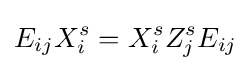
E_{ij}X_{i}^{s}=X_{i}^{s}Z_{j}^{s}E_{ij}